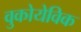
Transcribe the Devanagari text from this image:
वुकोयेविक